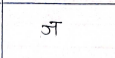
मजकूर: ज